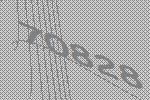
70828